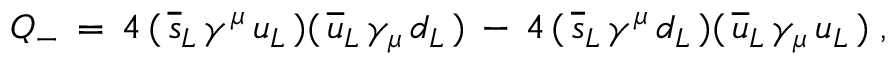
Q _ { - } \, = \, 4 \, ( \, \overline { { { s } } } _ { L } \, \gamma ^ { \mu } \, u _ { L } \, ) ( \, \overline { { { u } } } _ { L } \, \gamma _ { \mu } \, d _ { L } \, ) \, - \, 4 \, ( \, \overline { { { s } } } _ { L } \, \gamma ^ { \mu } \, d _ { L } \, ) ( \, \overline { { { u } } } _ { L } \, \gamma _ { \mu } \, u _ { L } \, ) \; ,